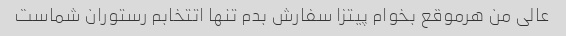
عالی من هرموقع بخوام پیتزا سفارش بدم تنها اتتخابم رستوران شماست